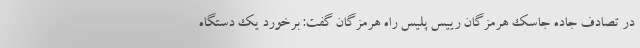
در تصادف جاده جاسک هرمزگان رییس پلیس راه هرمزگان گفت: برخورد یک دستگاه